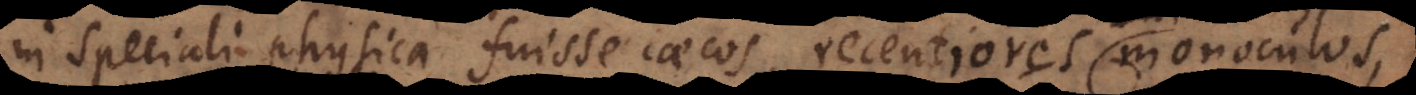
in speciali physica fuisse caecos, recentiores monoculos,